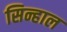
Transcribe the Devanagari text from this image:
सिन्हाल